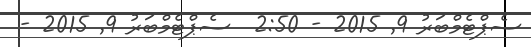
ސެޕްޓެމްބަރު 9